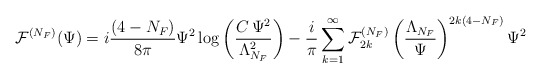
\begin{align*}{\cal F}^{(N_{F})}(\Psi)=i\frac{(4-N_{F})}{8\pi}\Psi^{2}\log{\left(\frac{C\,\Psi^{2}}{\Lambda^{2}_{N_{F}}}\right)}-\frac{i}{\pi}\sum_{k=1}^{\infty}{\cal F}^{(N_{F})}_{2k}\left(\frac{\Lambda_{N_{F}}}{\Psi}\right)^{2k(4-N_{F})}\Psi^{2}\end{align*}